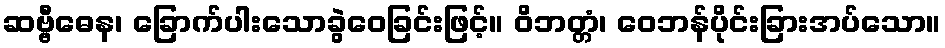
ဆဗ္ဗီဓေန၊ ခြောက်ပါးသောခွဲဝေခြင်းဖြင့်။ ဝိဘတ္တံ၊ ဝေဘန်ပိုင်းခြားအပ်သော။